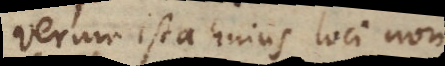
Verum ista hujus loci non